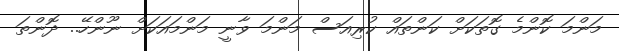
މަންމަ ކޮންމެ ގޮތަކަށް ކަންތައް ކުރިއަސް މަންމަ ވާނީ މަންމައަކަށް ނޫންހޭ.. ދޮންތަ